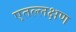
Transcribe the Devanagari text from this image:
एतल्लक्षण